Report of the Municipal Commissioner on the plague in Bombay for the year ending 31st May... - Volume 1
Disease focus: Plague
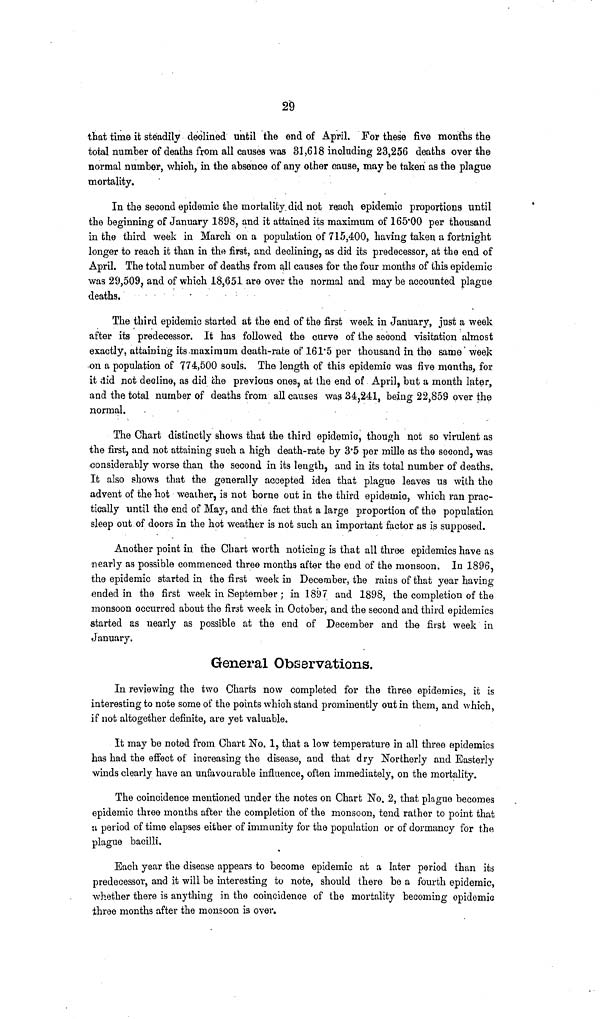
29
that time it steadily declined until the end of April. For these five months the
total number of deaths from all causes was 81,618 including 23,256 deaths over the
normal number, which, in the absence of any other cause, may be taken as the plague
mortality.
In the second epidemic the mortality did not reach, epidemic proportions until
the beginning of January 1898, and it attained its maximum of 165·00 per thousand
in the third week in March on a population of 715,400, having taken a fortnight
longer to reach it than in the first, and declining, as did its predecessor, at the end of
April. The total number of deaths from all causes for the four months of this epidemic
was 29,509, and of which 18,651 are over the normal and may be accounted plague
deaths.
The third epidemic started at the end of the first week in January, just a week
after its predecessor. It has followed the curve of the second visitation almost
exactly, attaining its maximum death-rate of 161·5 per thousand in the same week
on a population of 774,500 souls. The length of this epidemic was five months, for
it did not decline, as did che previous ones, at the end of April, but a month later,
and the total number of deaths from all causes was 34,241, being 22,859 over the
normal.
The Chart distinctly shows that the third epidemic, though not so virulent as
the first, and not attaining such a high death-rate by 3·5 per mille as the second, was
considerably worse than the second in its length, and in its total number of deaths.
It also shows that the generally accepted idea that plague leaves us with the
advent of the hot weather, is not borne out in the third epidemic, which ran prac-
tically until the end of May, and the fact that a large proportion of the population
sleep out of doors in the hot weather is not such an important factor as is supposed.
Another point in the Chart worth noticing is that all three epidemics have as
nearly as possible commenced three months after the end of the monsoon. In 1896,
the epidemic started in the first week in December, the rains of that year having
ended in the first week in September ; in 1897 and 1898, the completion of the
monsoon occurred about the first week in October, and the second and third epidemics
started as nearly as possible at the end of December and the first week in
January.
General Observations.
In reviewing the two Charts now completed for the three epidemics, it is
interesting to note some of the points which stand prominently out in them, and which,
if not altogether definite, are yet valuable.
It may be noted from Chart No. 1, that a low temperature in all three epidemics
has had the effect of increasing the disease, and that dry Northerly and Easterly
winds clearly have an unfavourable influence, often immediately, on the mortality.
The coincidence mentioned under the notes on Chart No. 2, that plague becomes
epidemic three months after the completion of the monsoon, tend rather to point that
a period of time elapses either of immunity for the population or of dormancy for the
plague bacilli.
Each year the disease appears to become epidemic at a later period than its
predecessor, and it will be interesting to note, should there be a fourth epidemic,
whether there is anything in the coincidence of the mortality becoming epidemic
three months after the monsoon is over.